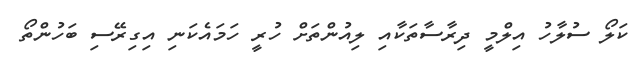
ކަލޯ ސުލާހު އިލްމީ ދިރާސާތަކާއި ލިއުންތަށް ހުރީ ހަމައެކަނި އިގިރޭސި ބަހުންތޯ